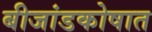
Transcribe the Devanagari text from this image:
बीजांडकोषात